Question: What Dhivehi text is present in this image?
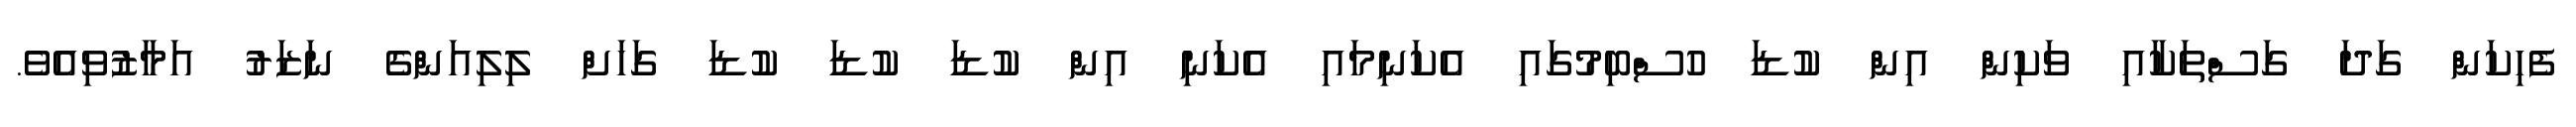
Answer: ފެހިކަން ގަދަ ގަސްތަކާއި ވަކިން އިން ކުޑަ ހުސްބިމުގައި އެކަނިމައި އެކަނި އިން ކުޑަ ކުޑަ ކުޑަ ގަހަށް ލިލިއަންގެ ނަޒަރު އަމާޒުވިއެވެ.